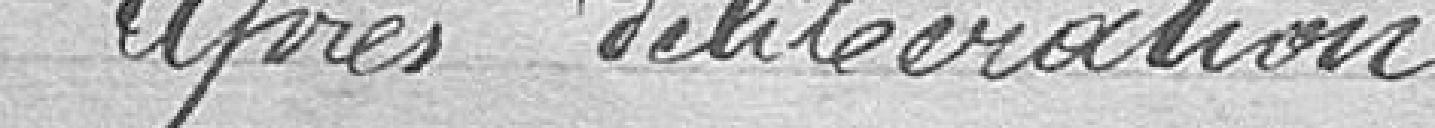
Après délibération